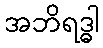
အဘိရဒ္ဓါ